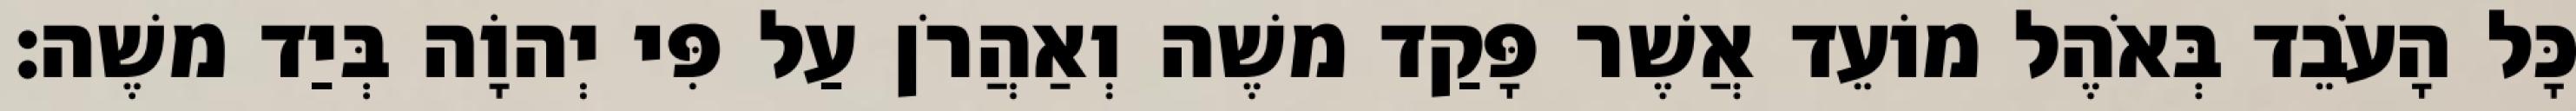
כָּל הָעֹבֵד בְּאֹהֶל מוֹעֵד אֲשֶׁר פָּקַד משֶׁה וְאַהֲרֹן עַל פִּי יְהוָֹה בְּיַד משֶׁה׃